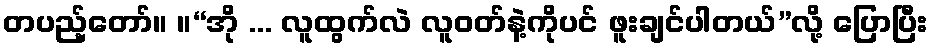
တပည့်တော်။ ။“အို ... လူထွက်လဲ လူဝတ်နဲ့ကိုပင် ဖူးချင်ပါတယ်”လို့ ပြောပြီး